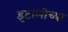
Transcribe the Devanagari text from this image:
इटालीच्या